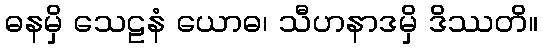
ဓနမှိ သေဠနံ ယောဓ၊ သီဟနာဒမှိ ဒိဿတိ။